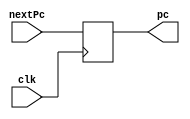
`timescale 1ns / 1ps

module PC(
    input [31:0] nextPc,
    input clk,
    output reg [31:0] pc
);
    initial pc = 32'd100;
    
    always @(posedge clk)
    begin
        pc = nextPc;
    end
endmodule

module InstructionMemory(
    input [31:0] pc,
    output reg [31:0] instOut
);
    reg [31:0] memory [63:0];
    
    initial begin
        memory[25] <= {6'b100011, 5'b00001, 5'b00010, 16'h0000};
        memory[26] <= {6'b100011, 5'b00001, 5'b00011, 16'h0004};
    
        /*
        memory[0] <= hA00000AA;
        memory[1] <= h10000011;
        memory[2] <= h20000022;
        memory[3] <= h30000033;
        memory[4] <= h40000044;
        memory[5] <= h50000055;
        memory[6] <= h60000066;
        memory[7] <= h70000077;
        memory[8] <= h80000088;
        memory[9] <= h90000099; 
        */
    end
    
    always @(*)
        instOut <= memory[pc[7:2]];
endmodule

module PCAdder(
    input [31:0] pc,
    output reg [31:0] nextPc
);
    always @(*)
        nextPc <= pc + 4;
endmodule

module IFIDPipelineReg(
    input [31:0]instOut,
    input clk,
    output reg [31:0] dinstOut
);
    always @(posedge clk)
        dinstOut <= instOut;
endmodule

module ControlUnit(
    input [5:0] op, func,
    output reg wreg, m2reg, wmem, aluimm, regrt,
    output reg [3:0] aluc
);
    always @(*)
    begin
        case(op)
            'b000000: //r-type
             begin
                wreg   = 'b1;
                m2reg  = 'b0;
                wmem   = 'b0;
                aluimm = 'b0;
                regrt  = 'b0;
                case(func)
                    'b100000: //add
                    begin
                        aluc = 'b0010;
                    end
                    'b100010: //sub
                    begin
                        aluc = 'b0110;
                    end
                endcase
             end
             'b100011: //lw
             begin
                wreg   = 'b1;
                m2reg  = 'b1;
                wmem   = 'b0;
                aluc   = 'b0010;
                aluimm = 'b1;
                regrt  = 'b1;
             end
         endcase
    end
endmodule

module RegrtMux(
    input [4:0] rt, rd,
    input regrt,
    output reg [4:0] destReg
);
    always @(*)
    begin
        if (regrt == 0)
            destReg = rd;
        else
            destReg = rt;
       end 
endmodule


module RegFile(
    input [4:0] rs, rt,
    output reg [31:0] qa, qb
);
    reg [31:0] registers[0:31];
    always @(*)
    begin
        qa = registers[rs];
        qb = registers[rt];
    end
endmodule

module ImmExtender(
    input [15:0] imm,
    output reg [31:0] imm32
);
    always @(*)
        imm32 = {{16{imm[15]}}, imm};
endmodule

module IDEXEPipelineReg(
    input wreg, m2reg, wmem, aluimm, clk,
    input [3:0] aluc,
    input [4:0] destReg,
    input [31:0] qa, qb, imm32,
    
    output reg ewreg, em2reg, ewmem, ealuimm,
    output reg [3:0] ealuc,
    output reg [4:0] edestReg,
    output reg [31:0] eqa, eqb, eimm32
);
    always @(posedge clk)
    begin
        ewreg    = wreg;
        em2reg   = m2reg;
        ewmem    = wmem;
        ealuc    = aluc;
        ealuimm  = aluimm;
        edestReg = destReg;
        eqa      = qa;
        eqb      = qb;
        eimm32   = imm32;
    end
endmodule